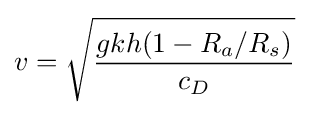
v={\sqrt {\frac {gkh(1-R_{a}/R_{s})}{c_{D}}}}